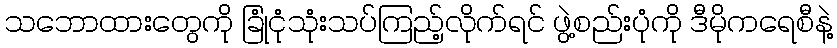
သဘောထားတွေကို ခြုံငုံသုံးသပ်ကြည့်လိုက်ရင် ဖွဲ့စည်းပုံကို ဒီမိုကရေစီနဲ့